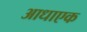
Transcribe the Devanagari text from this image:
आधाएक